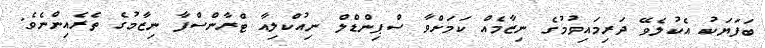
ބަފަޔަކު އެކުލެވޭ ދަރިމައިވުމުގެ ނިޒާމެއް ކަމަށްވާ ސްޕިންޑްލް ނިއުކްލިއާ ޓްރާންސްފާ ނިޒާމުގެ ތެރެއިންނެވެ.